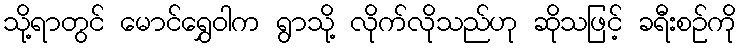
သို့ရာတွင် မောင်ရွှေဝါက ရွာသို့ လိုက်လိုသည်ဟု ဆိုသဖြင့် ခရီးစဉ်ကို